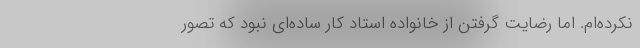
نکرده‌ام. اما رضایت گرفتن از خانواده استاد کار ساده‌ای نبود که تصور